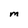
Character: M